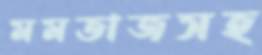
মমতাজসহ